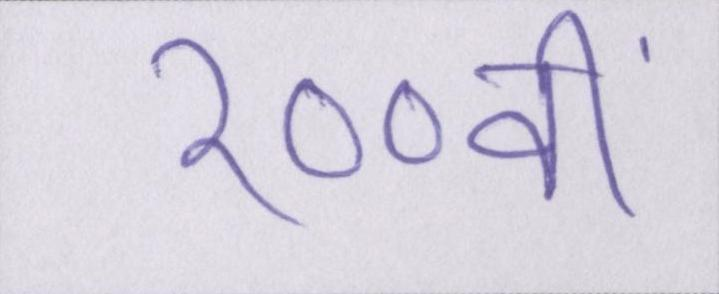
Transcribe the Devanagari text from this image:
१००वीं